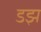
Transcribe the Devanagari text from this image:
डझ